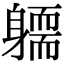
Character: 𨉿